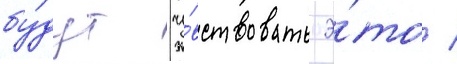
бу́дут чу́вствовать э́то /